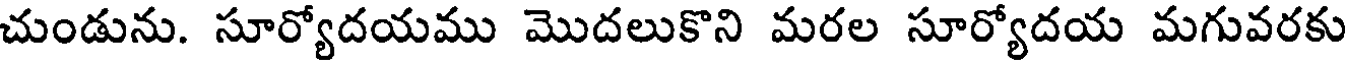
చుండును. సూర్యోదయము మొదలుకొని మరల సూర్యోదయ మగువరకు